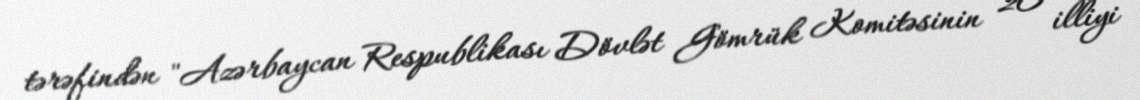
tərəfindən "Azərbaycan Respublikası Dövlət Gömrük Komitəsinin 20 illiyi